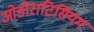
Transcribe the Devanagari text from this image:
ओडोराटिसियम